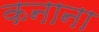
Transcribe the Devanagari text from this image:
कनाना